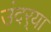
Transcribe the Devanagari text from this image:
उंदर्‍या